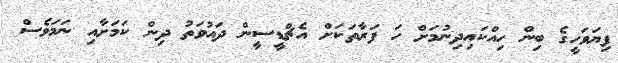
ފިޔަވަހީގެ ބިން ހިއްކައިދިނުމަށް ހަ ފަރާތަކަށް އެޗްޑީސީން ދައުވަތު ދިން ކަމަށާއި ނަމަވެސް